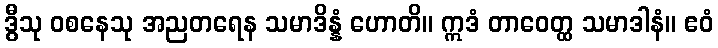
ဒွီသု ဝစနေသု အညတရေန သမာဒိန္နံ ဟောတိ။ ဣဒံ တာဝေတ္ထ သမာဒါနံ။ ဧဝံ